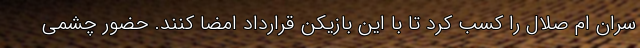
سران ام صلال را کسب کرد تا با این بازیکن قرارداد امضا کنند. حضور چشمی